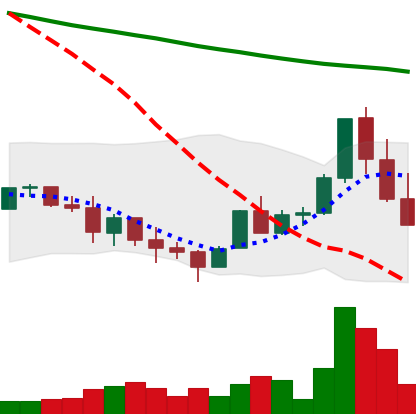
Ticker: ADA-USD
Chart end date: 2022-01-20
Forward return: -17.049%
Label: down_7plus